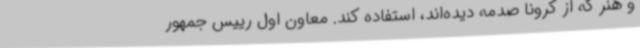
و هنر که از کرونا صدمه دیده‌اند، استفاده کند. معاون اول رییس جمهور